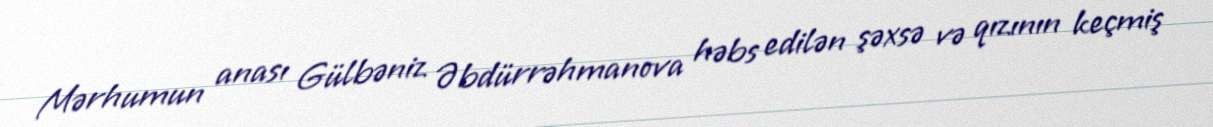
Mərhumun anası Gülbəniz Əbdürrəhmanova həbs edilən şəxsə və qızının keçmiş